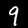
Label: 9